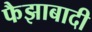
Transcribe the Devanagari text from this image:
फैझाबादी